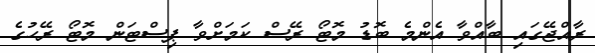
ރާއްޖޭގައި ބާއްވާ އެންމެ ބޮޑު މޮޓޯ ރޭސް ކަމަށްވާ ޕިސްޓަން މޮޓޯ ރޭހުގެ